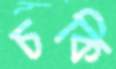
চকি